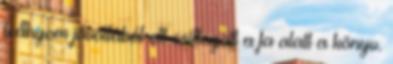
leányom jóvoltából ott csillogott a fa alatt a könyv.